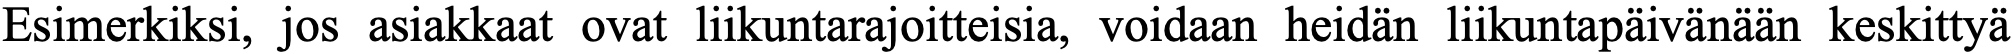
Esimerkiksi, jos asiakkaat ovat liikuntarajoitteisia, voidaan heidän liikuntapäivänään keskittyä